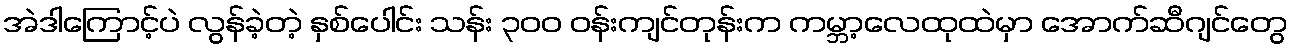
အဲဒါကြောင့်ပဲ လွန်ခဲ့တဲ့ နှစ်ပေါင်း သန်း ၃၀၀ ဝန်းကျင်တုန်းက ကမ္ဘာ့လေထုထဲမှာ အောက်ဆီဂျင်တွေ